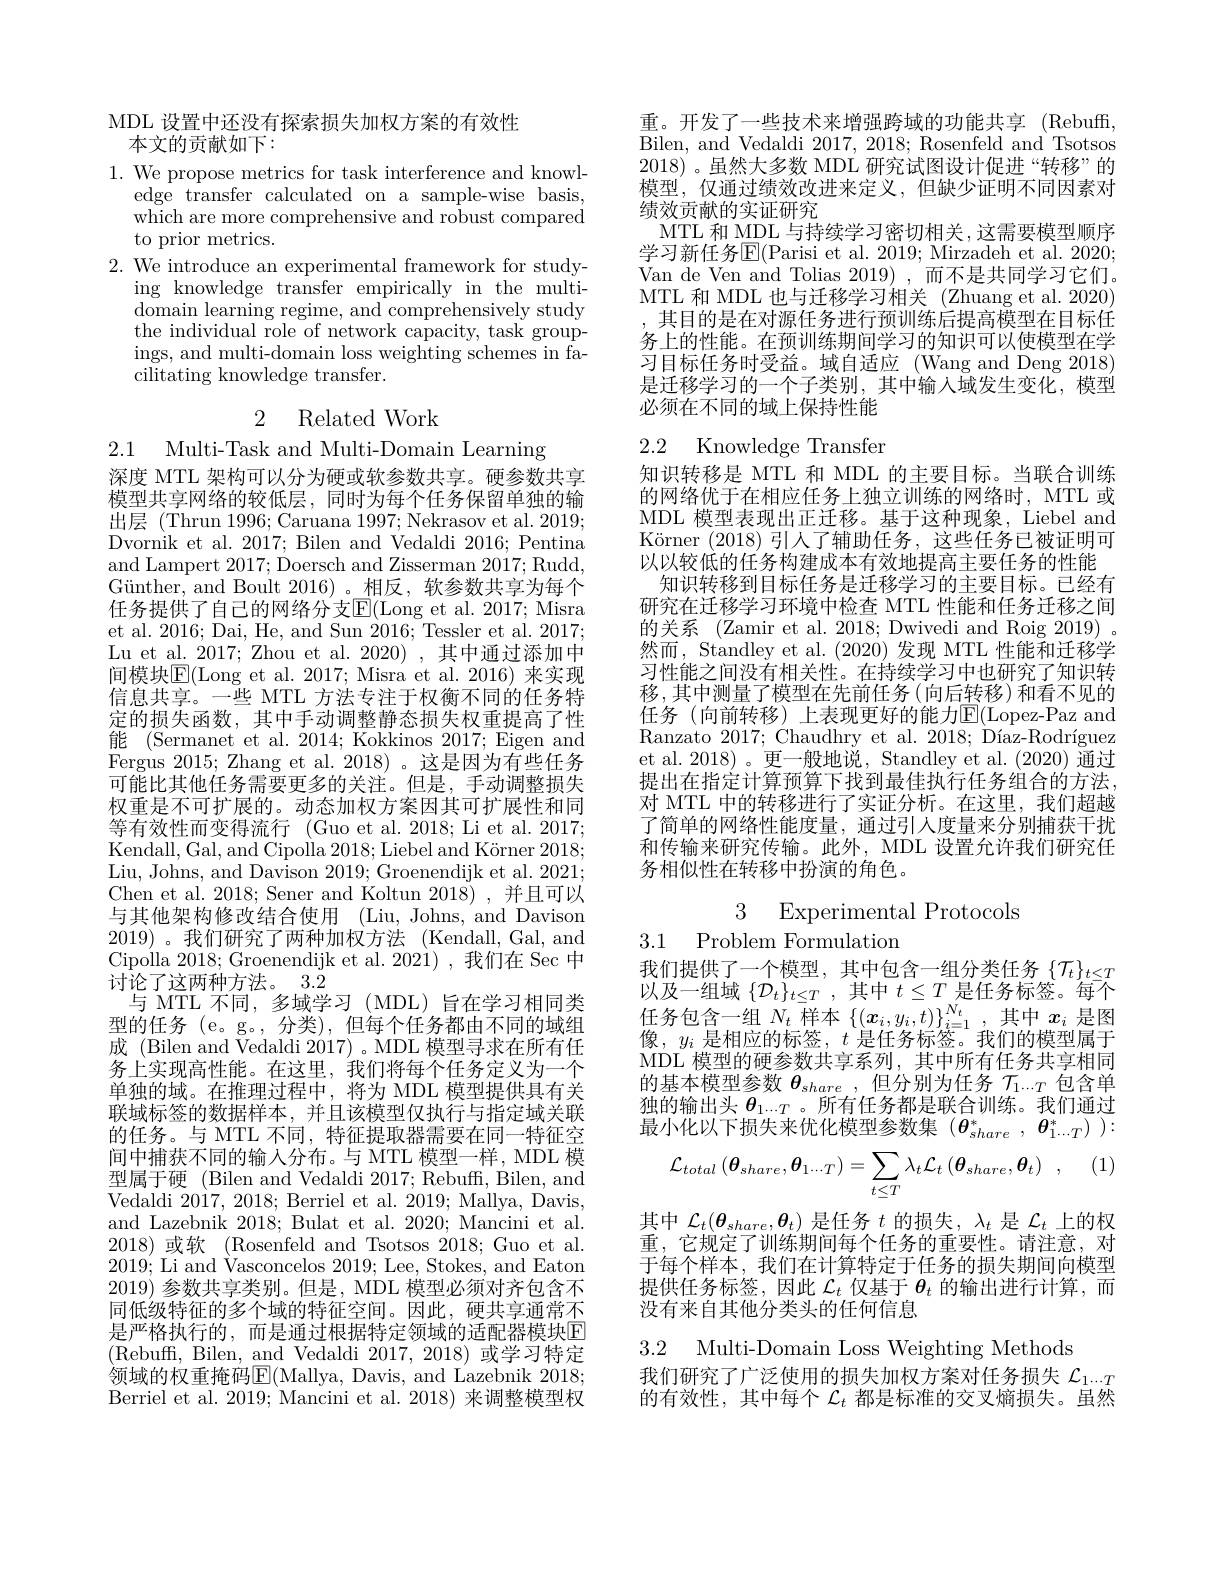
MDL 设置中还没有探索损失加权方案的有效性
本文的贡献如下：

1. We propose metrics for task interference and knowl-
edge transfer calculated on a sample-wise basis, which are more comprehensive and robust compared to prior metrics.
2. We introduce an experimental framework for study-
ing knowledge transfer empirically in the multi- $\bar{\text{domain learning regime, and comprehensively study}}$ the individual role of network capacity, task groupings, and multi-domain loss weighting schemes in fa- $\bar{\text{cilitating knowledge transfer}}.$

# 2 Related Work

2.1 Multi-Task and Multi-Domain Learning

深度 MTL 架构可以分为硬或软参数共享。硬参数共享模型共享网络的较低层，同时为每个任务保留单独的输出层 (Thrun 1996; Caruana 1997; Nekrasov et al. 2019; Dvornik et al. 2017; Bilen and Vedaldi 2016; Pentina and Lampert 2017; Doersch and Zisserman 2017; Rudd, Günther, and Boult 2016)。相反，软参数共享为每个任务提供了自己的网络分支$\overline{\mathrm{E}}($Long et al. 2017; Misra et al. 2016; Dai, He, and Sun 2016; Tessler et al. 2017; Lu et al. 2017; Zhou et al. 2020) , 其中通过添加中间模块$\boxed{\mathrm{E}}($Long et al. 2017; Misra et al. 2016) 来实现信息共享。一些 MTL 方法专注于权衡不同的任务特定的损失函数，其中手动调整静态损失权重提高了性能 (Sermanet et al. 2014; Kokkinos 2017; Eigen and Fergus 2015; Zhang et al. 2018)。这是因为有些任务可能比其他任务需要更多的关注。但是，手动调整损失权重是不可扩展的。动态加权方案因其可扩展性和同等有效性而变得流行 (Guo et al.2018; Li et al. 2017; Kendall, Gal, and Cipolla 2018; Liebel and Körner 2018; Liu, Johns, and Davison 2019; Groenendijk et al. 2021; Chen et al. 2018; Sener and Koltun 2018) , 并且可以与其他架构修改结合使用 (Liu, Johns, and Davison 2019)。我们研究了两种加权方法 ( $Kendall, Gal, and$ Cipolla 2018; Groenendijk et al. 2021), 我们在 Sec 中$\bar{\text{讨论了这两种方法。}}3.\bar{2}$
与 MTL 不同，多域学习 (MDL) 旨在学习相同类型的任务 (e。g。, 分类), 但每个任务都由不同的域组成 (Bilen and Vedaldi 2017) 。MDL 模型寻求在所有任务上实现高性能。在这里，我们将每个任务定义为一个单独的域。在推理过程中，将为 MDL 模型提供具有关联域标签的数据样本，并且该模型仅执行与指定域关联的任务。与 MTL 不同，特征提取器需要在同一特征空间中捕获不同的输入分布。与 MTL 模型一样，MDL 模型属于硬 (Bilen and Vedaldi 2017; Rebuff, Bilen, and Vedaldi 2017,2018;Berriel et al. 2019; Mallya, Davis, and Lazebnik 2018; Bulat et al. 2020; Mancini et al. 2018)或软$\allowbreak ( {\mathrm{mod}} $Rosenfeld and Tsotsos 2018; Guo et al. ) 2019; Li and Vasconcelos 2019; Lee, Stokes, and Eaton 2019)参数共享类别。但是，MDL 模型必须对齐包含不同低级特征的多个域的特征空间。因此，硬共享通常不是严格执行的，而是通过根据特定领域的适配器模块E (Rebuff, Bilen, and Vedaldi 2017,2018)或学习特定领域的权重掩码$\overline{\mathrm{E}}($Mallya, Davis, and Lazebnik 2018; Berriel et al. 2019; Mancini et al. 2018) 来调整模型权

重。开发了一些技术来增强跨域的功能共享 (Rebuffi, Bilen, and Vedaldi 2017,2018; Rosenfeld and Tsotsos 2018)。虽然大多数 MDL 研究试图设计促进“转移”的模型，仅通过绩效改进来定义，但缺少证明不同因素对绩效贡献的实证研究
MTL 和 MDL 与持续学习密切相关，这需要模型顺序学习新任务$\overline{\mathrm{E}}($Parisi et al. 2019; Mirzadeh et al. 2020; Van de Ven and Tolias 2019) ,而不是共同学习它们。MTL 和 MDL 也与迁移学习相关 (Zhuang et al. 2020)
其目的是在对源任务进行预训练后提高模型在目标任务上的性能。在预训练期间学习的知识可以使模型在学习目标任务时受益。域自适应 (Wang and Deng 2018) 是迁移学习的一个子类别，其中输入域发生变化，模型必须在不同的域上保持性能

## 2.2 Knowledge Transfer

知识转移是 MTL 和 MDL 的主要目标。当联合训练的网络优于在相应任务上独立训练的网络时，MTL 或MDL 模型表现出正迁移。基于这种现象，Liebel and Körner (2018)引人了辅助任务，这些任务已被证明可以以较低的任务构建成本有效地提高主要任务的性能
知识转移到目标任务是迁移学习的主要目标。已经有研究在迁移学习环境中检查 MTL 性能和任务迁移之间的关系 (Zamir et al. 2018; Dwivedi and Roig 2019) 。然而，Standley et al. (2020)发现 MTL 性能和迁移学习性能之间没有相关性。在持续学习中也研究了知识转移，其中测量了模型在先前任务(向后转移)和看不见的任务(向前转移)上表现更好的能力E$( Lopez- Paz and$ Ranzato 2017; Chaudhry et al. 2018; Díaz-Rodríguez et al. 2018)。更一般地说，Standley et al. (2020) 通过提出在指定计算预算下找到最佳执行任务组合的方法对 MTL 中的转移进行了实证分析。在这里，我们超越了简单的网络性能度量，通过引人度量来分别捕获干扰和传输来研究传输。此外，MDL 设置允许我们研究任务相似性在转移中扮演的角色。

3 Experimental Protocols
3.1 Problem Formulation

我们提供了一个模型，其中包含一组分类任务$\{\mathcal{T}_t\}_{t\leq T}$

以 及 一 组 域 $\left \{ \mathcal{D} _{t}\right \} _{t\leq T}$ ,其 中 $t\leq T$ 是 任 务 标 签 。每 个 任 务 包 含 一 组 $N_{t}$ 样 本 $\left \{ ( \boldsymbol{x}_{i}, y_{i}, t) \right \} _{i= 1}^{N_{t}}$ ,其 中 $x_{i}$ 是 图 偏 目 地 应 的 上 体 目 行 及 上 资 年 们 的 带 到 早 下像，$y_i$是相应的标签，$t$是任务标签。我们的模型属于MDL 模型的硬参数共享系列，其中所有任务共享相同的基本模型参数$\boldsymbol{\theta }_share$ ,但分别为任务$\mathcal{T}_1\cdots T$包含单独的输出头$\theta_{1\cdots T}$ 。所有任务都是联合训练。我们通过最小化以下损失来优化模型参数集$(\boldsymbol{\theta}_{share}^*,\boldsymbol{\theta}_{1\cdots T}^*)):$

(1)
$$\mathcal{L}_{total}\left(\boldsymbol{\theta}_{share},\boldsymbol{\theta}_{1\cdots T}\right)=\sum_{t\leq T}\lambda_{t}\mathcal{L}_{t}\left(\boldsymbol{\theta}_{share},\boldsymbol{\theta}_{t}\right)\:,$$
其中$\mathcal{L}_t(\boldsymbol{\theta}_{share},\boldsymbol{\theta}_t)$是任务$t$的损失，$\lambda_t$是$\mathcal{L}_t$上的权重，它规定了训练期间每个任务的重要性。请注意，对于每个样本，我们在计算特定于任务的损失期间向模型提供任务标签，因此$\mathcal{L}_t$仅基于$\boldsymbol{\theta}_t$的输出进行计算，而没有来自其他分类头的任何信息

3.2 Multi-Domain Loss Weighting Methods

我们研究了广泛使用的损失加权方案对任务损失$\mathcal{L}_{1\cdots T}$ 的有效性，其中每个$\mathcal{L}_t$都是标准的交叉熵损失。虽然